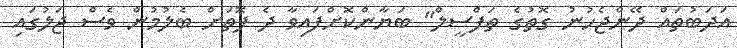
އަދަބުތައް ދޭންޖެހުނު ގޮތުގެ ތަފްސީލް" ބަޔާންކޮށްފައިވާ ދެ ފޮތަށް ބެލުމުން ވެސް ޖަލުގައި